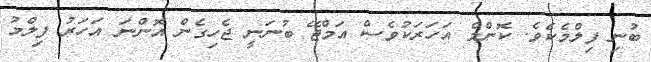
ބުނި ފިލްމެކެވެ. ކޮންމެ އަހަރަކުވެސް އަމްޖޭ ބުނަނީ ޖެހިގެން އޮންނަ އަހަރު ފިލްމު